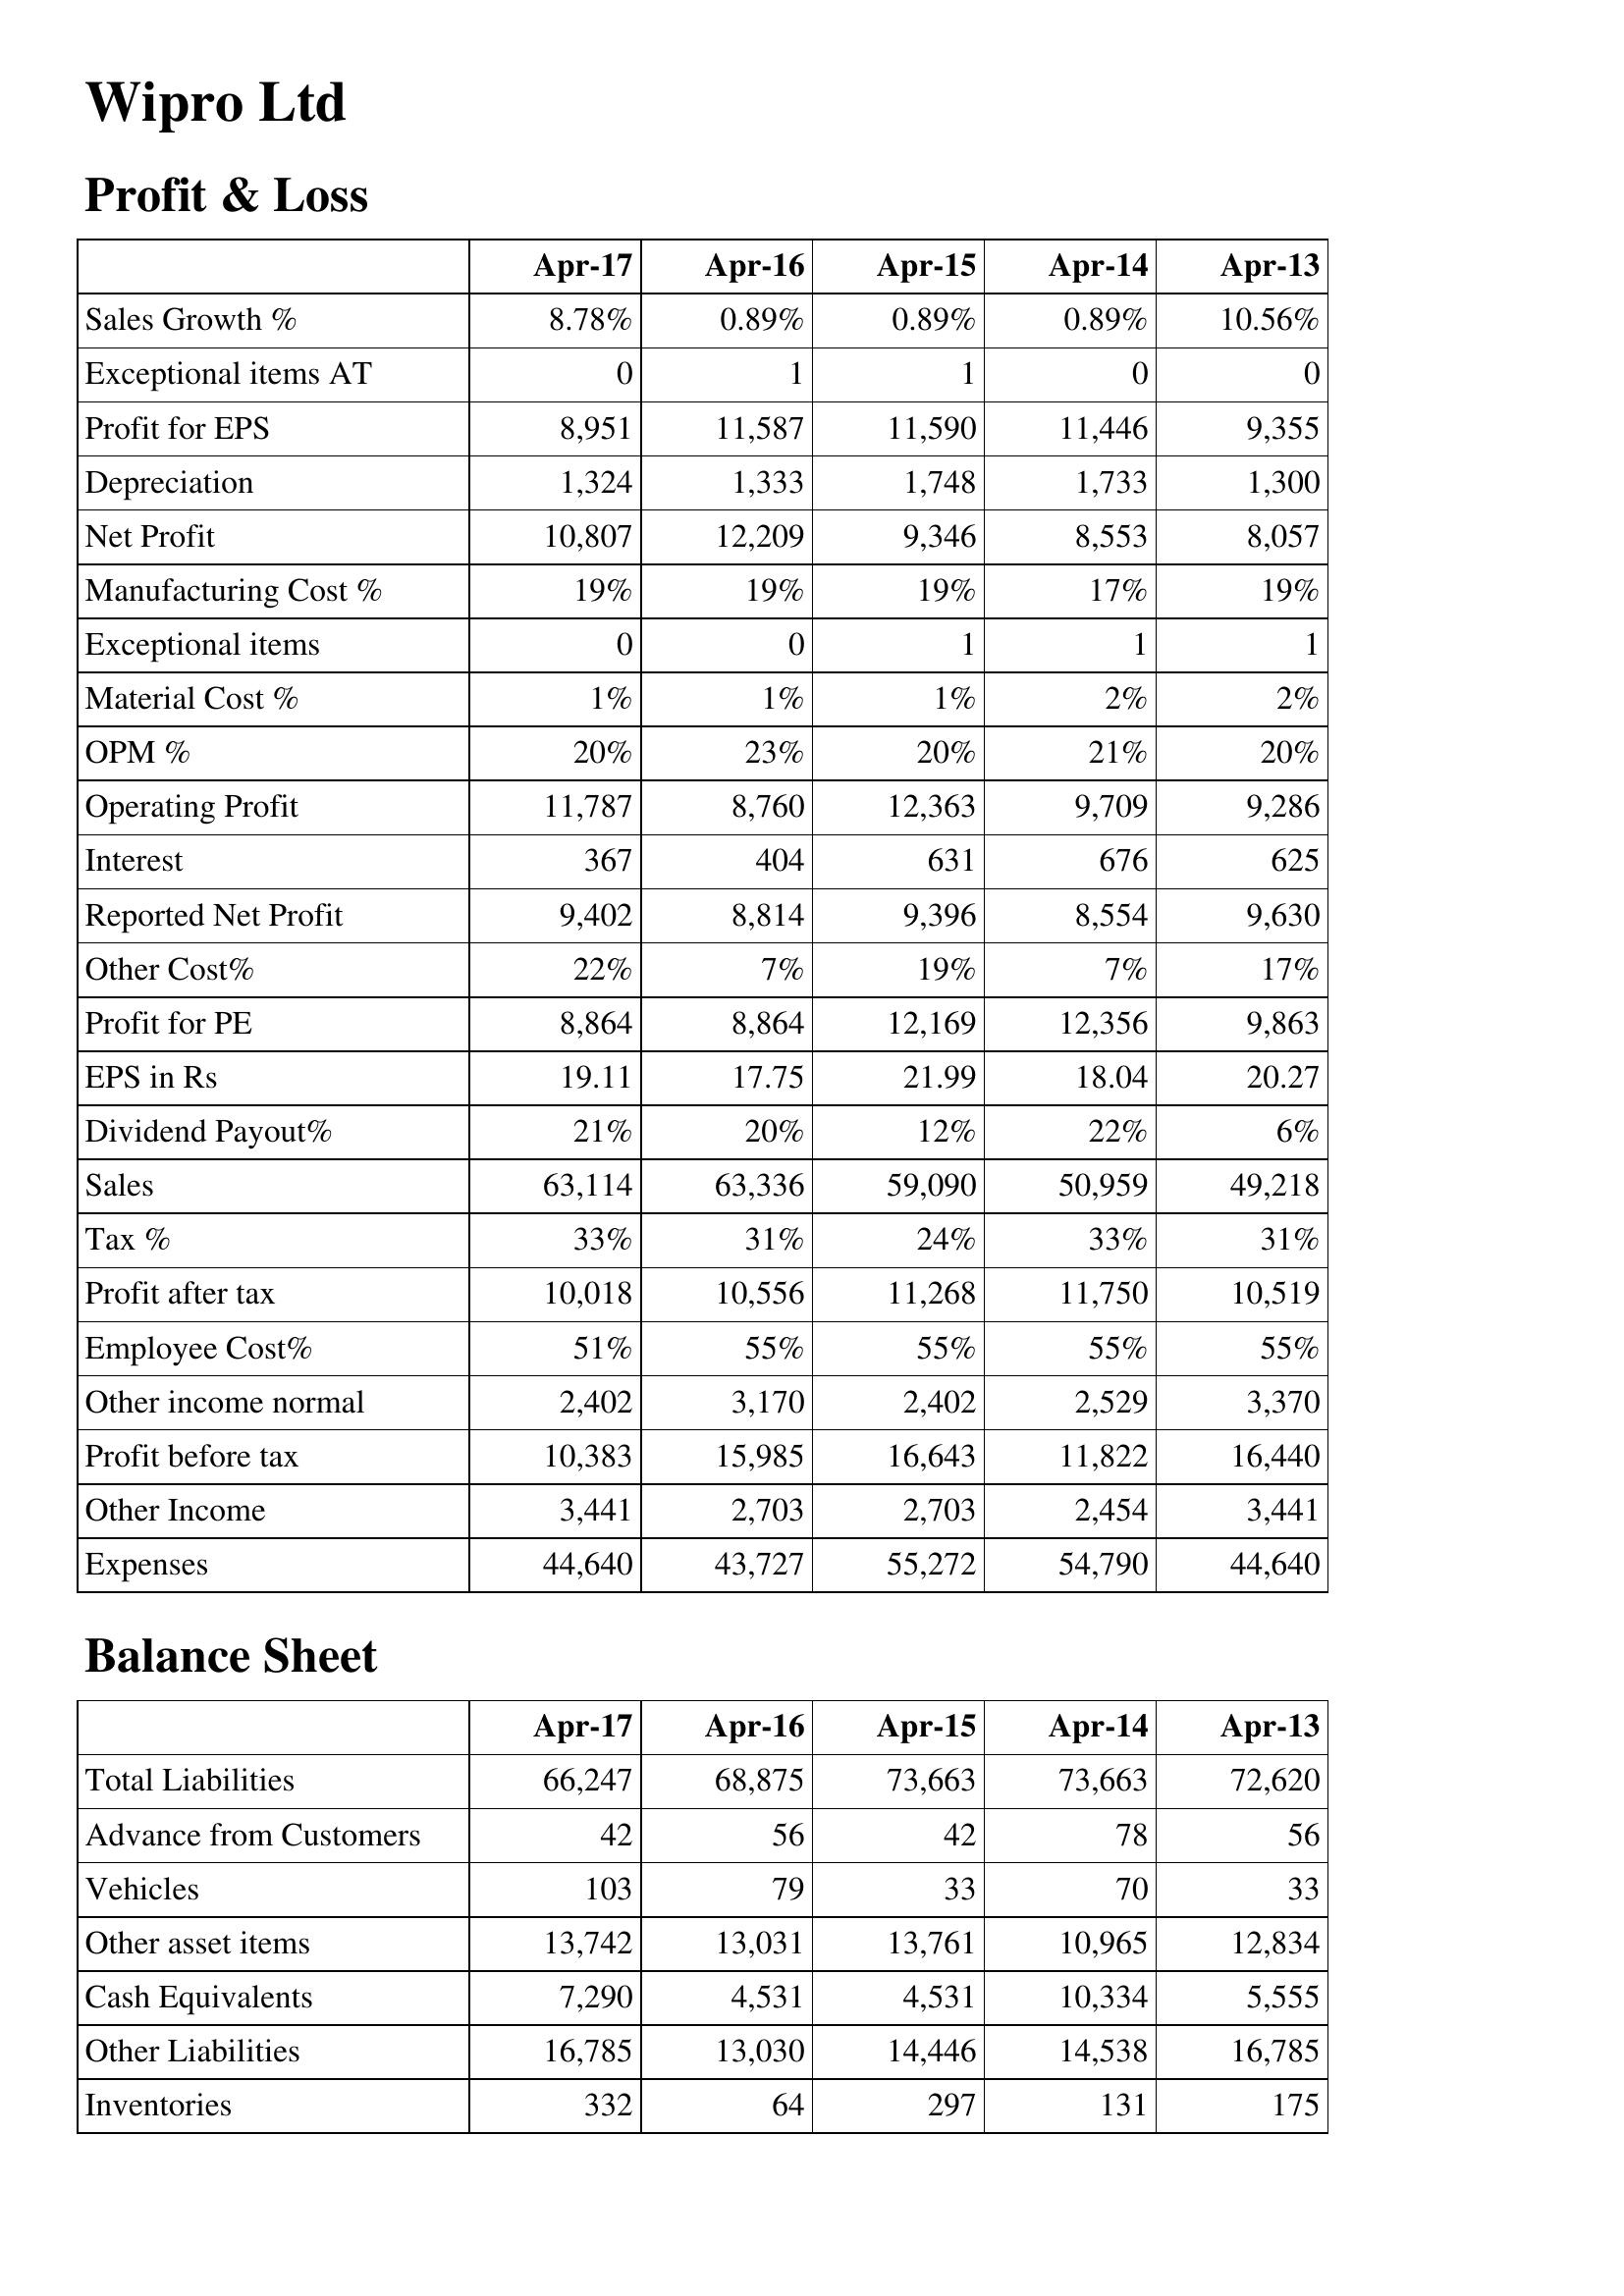
Apr-17: Profit & Loss: Sales Growth %: 8.78%
Exceptional items AT: 0
Profit for EPS: 8,951
Depreciation: 1,324
Net Profit: 10,807
Manufacturing Cost %: 19%
Exceptional items: 0
Material Cost %: 1%
OPM %: 20%
Operating Profit: 11,787
Interest: 367
Reported Net Profit: 9,402
Other Cost%: 22%
Profit for PE: 8,864
EPS in Rs: 19.11
Dividend Payout%: 21%
Sales: 63,114
Tax %: 33%
Profit after tax: 10,018
Employee Cost%: 51%
Other income normal: 2,402
Profit before tax: 10,383
Other Income: 3,441
Expenses: 44,640
Balance Sheet: Total Liabilities: 66,247
Advance from Customers: 42
Vehicles: 103
Other asset items: 13,742
Cash Equivalents: 7,290
Other Liabilities: 16,785
Inventories: 332
Apr-16: Profit & Loss: Sales Growth %: 0.89%
Exceptional items AT: 1
Profit for EPS: 11,587
Depreciation: 1,333
Net Profit: 12,209
Manufacturing Cost %: 19%
Exceptional items: 0
Material Cost %: 1%
OPM %: 23%
Operating Profit: 8,760
Interest: 404
Reported Net Profit: 8,814
Other Cost%: 7%
Profit for PE: 8,864
EPS in Rs: 17.75
Dividend Payout%: 20%
Sales: 63,336
Tax %: 31%
Profit after tax: 10,556
Employee Cost%: 55%
Other income normal: 3,170
Profit before tax: 15,985
Other Income: 2,703
Expenses: 43,727
Balance Sheet: Total Liabilities: 68,875
Advance from Customers: 56
Vehicles: 79
Other asset items: 13,031
Cash Equivalents: 4,531
Other Liabilities: 13,030
Inventories: 64
Apr-15: Profit & Loss: Sales Growth %: 0.89%
Exceptional items AT: 1
Profit for EPS: 11,590
Depreciation: 1,748
Net Profit: 9,346
Manufacturing Cost %: 19%
Exceptional items: 1
Material Cost %: 1%
OPM %: 20%
Operating Profit: 12,363
Interest: 631
Reported Net Profit: 9,396
Other Cost%: 19%
Profit for PE: 12,169
EPS in Rs: 21.99
Dividend Payout%: 12%
Sales: 59,090
Tax %: 24%
Profit after tax: 11,268
Employee Cost%: 55%
Other income normal: 2,402
Profit before tax: 16,643
Other Income: 2,703
Expenses: 55,272
Balance Sheet: Total Liabilities: 73,663
Advance from Customers: 42
Vehicles: 33
Other asset items: 13,761
Cash Equivalents: 4,531
Other Liabilities: 14,446
Inventories: 297
Apr-14: Profit & Loss: Sales Growth %: 0.89%
Exceptional items AT: 0
Profit for EPS: 11,446
Depreciation: 1,733
Net Profit: 8,553
Manufacturing Cost %: 17%
Exceptional items: 1
Material Cost %: 2%
OPM %: 21%
Operating Profit: 9,709
Interest: 676
Reported Net Profit: 8,554
Other Cost%: 7%
Profit for PE: 12,356
EPS in Rs: 18.04
Dividend Payout%: 22%
Sales: 50,959
Tax %: 33%
Profit after tax: 11,750
Employee Cost%: 55%
Other income normal: 2,529
Profit before tax: 11,822
Other Income: 2,454
Expenses: 54,790
Balance Sheet: Total Liabilities: 73,663
Advance from Customers: 78
Vehicles: 70
Other asset items: 10,965
Cash Equivalents: 10,334
Other Liabilities: 14,538
Inventories: 131
Apr-13: Profit & Loss: Sales Growth %: 10.56%
Exceptional items AT: 0
Profit for EPS: 9,355
Depreciation: 1,300
Net Profit: 8,057
Manufacturing Cost %: 19%
Exceptional items: 1
Material Cost %: 2%
OPM %: 20%
Operating Profit: 9,286
Interest: 625
Reported Net Profit: 9,630
Other Cost%: 17%
Profit for PE: 9,863
EPS in Rs: 20.27
Dividend Payout%: 6%
Sales: 49,218
Tax %: 31%
Profit after tax: 10,519
Employee Cost%: 55%
Other income normal: 3,370
Profit before tax: 16,440
Other Income: 3,441
Expenses: 44,640
Balance Sheet: Total Liabilities: 72,620
Advance from Customers: 56
Vehicles: 33
Other asset items: 12,834
Cash Equivalents: 5,555
Other Liabilities: 16,785
Inventories: 175